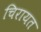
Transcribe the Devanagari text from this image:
चिरायत